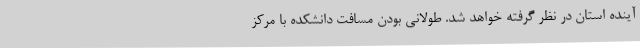
آینده استان در نظر گرفته خواهد شد. طولانی بودن مسافت دانشکده با مرکز